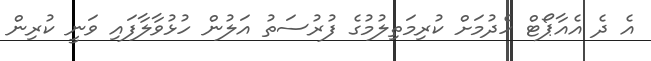
އެ ދެ އެއާޕޯޓް ހެދުމަށް ކުރިމަތިލުމުގެ ފުރުސަތު އަލުން ހުޅުވާލާފައި ވަނީ ކުރިން